Vaccination North-Western Provinces and Oudh 1896-1901 - 1896-1901
Year: 1896
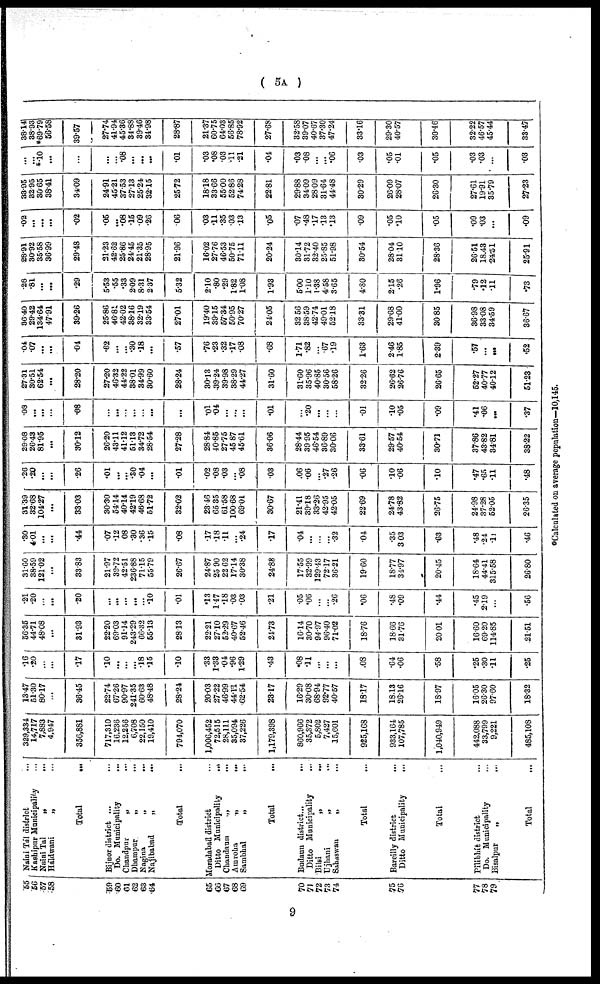
( 5A )
55
56
57
58
59
60
61
62
63
64
65
66
67
68
69
70
71
72
73
74
75
76
77
78
79
Naini Tál district ...
Kashipur Municipality ...
Naini Tal
„ ...
Haldwani
„ ...
Total
...
...
Bijnor district ...
Do. Municipality ...
Chandpur
„
...
Dhampur
„
...
Nagina
„
...
Najibabad
„
...
Total ...
Moradabad district ...
Ditto Municipality
...
Chandausi
„
...
Amroha
„
...
Sambhal
„
...
Total ...
Budaun district
...
...
Ditto Municipality ...
Bilsi
„
...
Ujhani
„
...
Sahaswan
„
...
Total ...
Bareilly district
...
Ditto Municipality
...
Total ...
Pilibhít district ...
Do. Municipality ...
Bisalpur „ ...
Total ...
329,334
14,717
7,883
4,947
356,881
717,310
16,236
12,256
6,708
22,150
19,410
794,070
1,006,452
72,515
28,111
35,094
37,226
1,179,398
860,966
35,372
5,802
7,427
15,601
925,168
933,164
107,785
1,040,949
442,088
33,799
9,221
485,108
13.47
51.30
80.17
...
36.45
22.74
67.26
90.97
241.35
60.63
48.48
28.24
20.03
27.22
46.99
44.11
62.54
23.17
16.29
30.08
68.94
92.77
40.57
18.17
18.13
26.16
18.97
16.05
26.30
97.60
18.32
.16
.20
...
...
.17
.10
...
...
...
.18
.15
.10
.33
1.33
.04
.96
1.29
.43
.08
.11
...
...
...
.08
.64
.06
.58
.25
.30
.11
.25
56.35
44.71
48.08
...
31.93
22.20
69.03
91.14
243.29
66.32
55.13
28.13
22.21
27.10
52.29
40.67
52.46
24.73
16.14
30.70
94.97
96.40
71.02
18.76
18.66
31.76
20.01
16.60
69.20
114.85
21.51
.21
.20
...
...
.20
...
...
...
...
.10
.01
.13
1.47
.18
.03
.03
.21
.05
.06
...
...
.26
.06
.48
.09
.44
.45
2.19
...
.56
31.60
38.59
121.02
...
33.83
21.97
38.72
42.51
236.88
71.15
55.79
26.67
24.87
25.90
22.62
17.14
30.38
24.88
17.55
32.99
129.43
72.17
36.21
19.60
18.77
34.97
20.45
18.64
44.41
315.58
26.80
.30
4.01
...
...
.44
.07
.12
08
.30
.36
.15
.08
.17
.18
.11
...
.24
.17
.04
...
...
...
.32
.04
.35
3.03
.63
.48
.24
.11
.46
31.39
32.68
104.27
...
33.03
30.30
5414
40.14
42.19
46.68
51.72
32.02
23.46
65.35
61.58
100.68
69.01
30.67
21.41
39.18
33.36
42.95
42.05
22.69
24.78
43.82
26.75
24.98
37.28
52.05
26.35
.26
.20
...
...
.26
.01
...
...
.80 .04
...
.01
.02
.08
.03
...
.08
.03
.06
.06
...
.27
.26
.06
.10
.06
.10
.47
.65
.11
.48
29.08
26.43
81.95
...
30.12
26.20
43.11
41.12
51.13
34.72
28.54
27.28
28.84
40.85
27.75
45.87
45.61
36.06
28.44
39.95
46.54
36.89
30.06
33.61
29.57
40.54
30.71
37.86
43.82
34.81
38.22
.08
...
...
...
.08
...
...
...
...
...
...
...
.01
.04
...
...
...
.01
...
.20
...
...
...
.01
.10
.05
.09
.41
.06
...
.37
27.31
30.51
62.54
...
28.20
27.20
46.32
44.22
38.01
34.99
30.60
28.24
30.13
39.24
39.98
38.29
44.27
31.60
31.60
35.96
40.85
30.56
58.26
32.26
26.62
26.76
26.65
52.27
40.77
40.12
51.23
.04
.07
...
...
.04
.62
...
...
.30
.18
...
.57
.76
.23
.32
.17
.08
.68
1.71
.82
...
.67
.19
1.63
2.46
1.85
2.39
.57
...
...
52
36.40
29.42
134.64
47.91
39.26
25.86
46.81
42.02
38.16
32.19
33.54
27.01
19.40
39.15
57.34
50.95
70.27
24.05
32.56
38.59
42.74
49.01
52.18
33.31
29.68
41.00
30.85
36.98
33.08
34.59
36.67
.28
.81
...
...
.29
5.53
.55
.33
2.09
8.31
2.37
5.32
2.10
.80
.29
1.82
1.08
1.93
5.00
1.10
1.38
4.58
3.65
4.80
215
.26
1.96
.79
.12
.11
.73
28.91
30.92
35.58
36.99
29.48
21.23
42.62
25.86
24.45
21.35
28.95
21.96
16.02
27.76
46.53
50.75
71.11
20.24
30.14
31.72
32.40
25.85
51.98
30.54
28.04
31.10
28.36
26.51
18.43
24.51
25.91
.02
...
...
...
.02
.05
...
.08
.15
.09
.26
06
.03
.11
.35
.03
.13
.05
.07
.48
.17
.13
.13
.09
.05
.10
.05
.09
.03
...
.09
33.95
32.95
30.65
38.41
34.09
24.91
45.21
37.53
27.13
25.24
32.15
25.72
18.18
33.66
55.00
52.86
74.28
22.81
29.88
34.09
28.09
31.64
44.48
30.29
26.09
28.07
26.30
27.61
19.91
35.79
27.23
...
...
*.10
...
...
...
...
.08
...
...
...
.01
.03
.08
.03
.11
.21
.04
.03
.08
...
...
.06
.03
.05
.01
.05
.03
.03
...
.03
38.141
38.93
*69.79
56.58
39.57
27.74
41.94
45.36
34.88
39.46
34.98
28.87
21.37
60.75
64.03
56.85
78.92
27.68
32.58
39.07
40.67
37.30
47.24
33.16
29.30
40.57
30.46
32.22
46.57
45.44
33.47
*Calculated on average population—10,145.
9